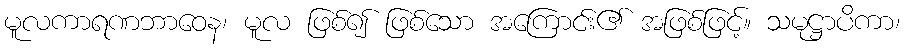
မူလကာရဏဘာဝေန၊ မူလ ဖြစ်၍ ဖြစ်သော အကြောင်း၏ အဖြစ်ဖြင့်။ သမုဋ္ဌာပိကာ၊